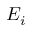
E _ { i }